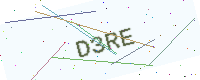
Text: D3RE